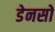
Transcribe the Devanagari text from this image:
डेनसो